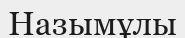
Назымұлы